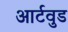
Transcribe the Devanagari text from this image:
आर्टवुड